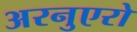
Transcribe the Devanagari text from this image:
अरनुएरो